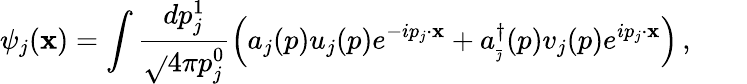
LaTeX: \psi_{j}(\mathbf{x})=\int\frac{{dp_{j}^{1}}}{{\sqrt{}{{4\pi}}p_{j}^{0}}}\left(a_{j}(p)u_{j}(p)e^{-ip_{j}\cdot\mathbf{x}}+a_{_{\bar{{\jmath}}}}^{\dagger}(p)v_{j}(p)e^{ip_{j}\cdot\mathbf{x}}\right)\, ,\qquad